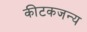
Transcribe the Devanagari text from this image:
कीटकजन्य